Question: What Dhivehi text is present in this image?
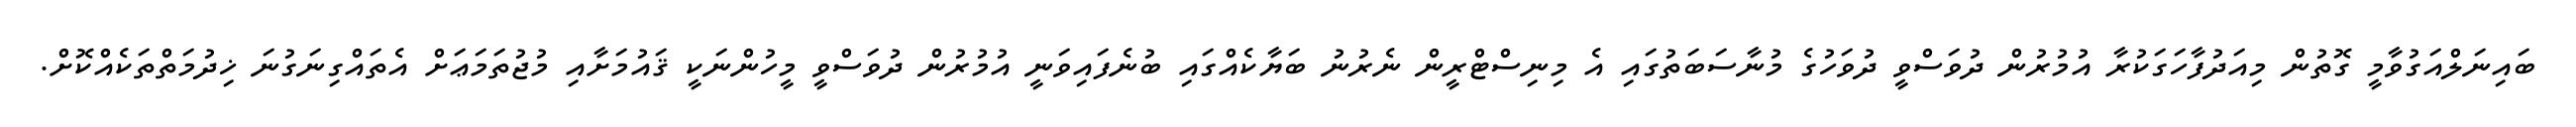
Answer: ބައިނަލްއަގުވާމީ ގޮތުން މިއަދުފާހަގަކުރާ އުމުރުން ދުވަސްވީ ދުވަހުގެ މުނާސަބަތުގައި އެ މިނިސްޓްރީން ނެރުނު ބަޔާކެއްގައި ބުނެފައިވަނީ އުމުރުން ދުވަސްވީ މީހުންނަކީ ޤައުމަށާއި މުޖުތަމަޢަށް އެތައްގިނަގުނަ ޚިދުމަތްތަކެއްކޮށް.